画像に写った文字を読んでください
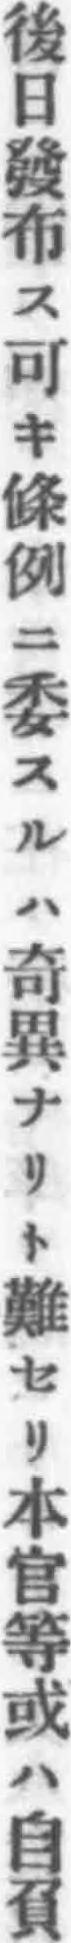
「後日發布ス可キ條例ニ委スルハ奇異ナリト難セリ本官等或ハ自負」と書いてあります